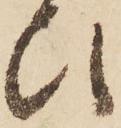
ひ